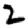
Digit: 2